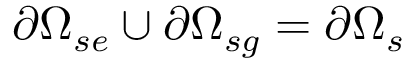
\partial \Omega _ { s e } \cup \partial \Omega _ { s g } = \partial \Omega _ { s }